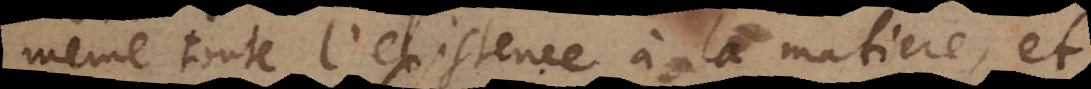
même toute l’existence à la matiere, et